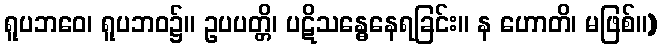
ရူပဘဝေ၊ ရူပဘဝ၌။ ဥပပတ္တိ၊ ပဋိသန္ဓေနေရခြင်း။ န ဟောတိ၊ မဖြစ်။)